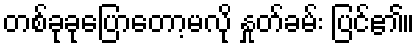
တစ်ခုခုပြောတော့မလို နှုတ်ခမ်း ပြင်၏။